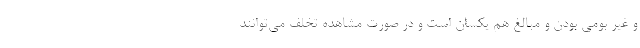
و غیر بومی بودن و مبالغ هم یکسان است و در صورت مشاهده تخلف می‌توانند